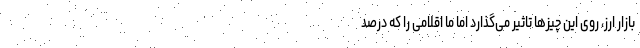
بازار ارز، روی این چیزها تاثیر می‌گذارد اما ما اقلامی را که درصد